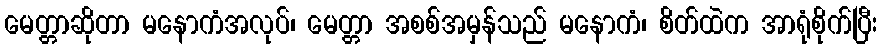
မေတ္တာဆိုတာ မနောကံအလုပ်၊ မေတ္တာ အစစ်အမှန်သည် မနောကံ၊ စိတ်ထဲက အာရုံစိုက်ပြီး